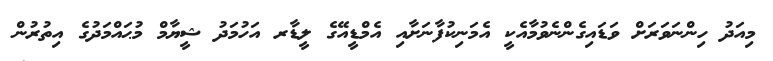
މިއަދު ހިންނަވަރަށް ވަޑައިގެންނެވުމާއެކީ އެމަނިކުފާނަށާއި އެމްޑީއޭގެ ލީޑާރ އަހުމަދު ޝީޔާމް މުޙައްމަދުގެ އިތުރުން